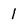
Character: 1